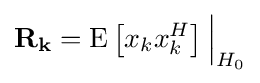
\mathbf {R_{k}} ={\mbox{E}}\left[x_{k}x_{k}^{H}\right]{\Bigr |}_{H_{0}}